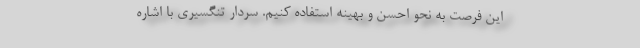
این فرصت به نحو احسن و بهینه استفاده کنیم. سردار تنگسیری با اشاره